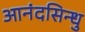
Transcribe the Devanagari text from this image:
आनंदसिन्धु